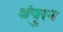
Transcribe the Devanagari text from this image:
थंपुरन